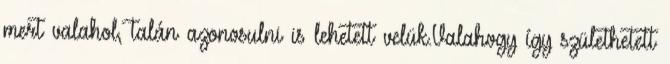
mert valahol, talán azonosulni is lehetett velük.Valahogy így születhetett